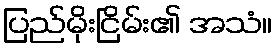
ပြည်မိုးငြိမ်း၏ အသံ။